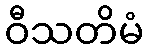
ဝီသတိမံ